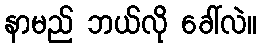
နာမည် ဘယ်လို ခေါ်လဲ။